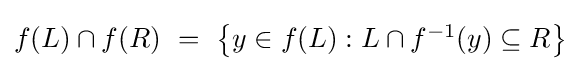
{\textstyle f(L)\cap f(R)~=~\left\{y\in f(L):L\cap f^{-1}(y)\subseteq R\right\}}